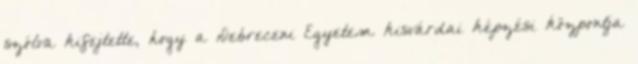
szólva kifejtette, hogy a Debreceni Egyetem kisvárdai képzési központja